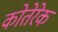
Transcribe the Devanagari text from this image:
कोतेरेक